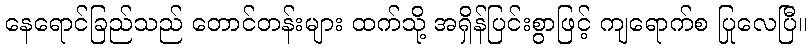
နေရောင်ခြည်သည် တောင်တန်းများ ထက်သို့ အရှိန်ပြင်းစွာဖြင့် ကျရောက်စ ပြုလေပြီ။